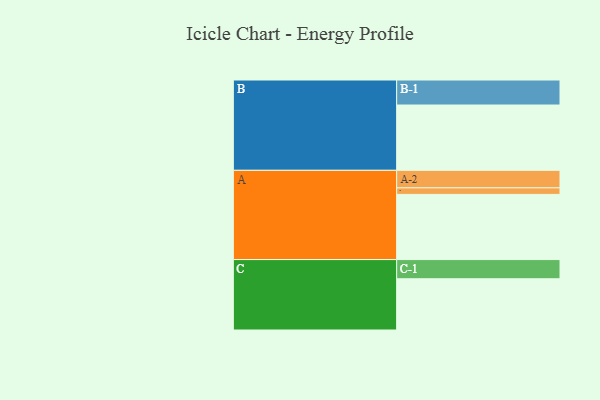
{"axis": {"x": "Segment", "y": "Value"}, "legend": ["", "A", "B", "C"], "data": [{"x": "A", "y": 547, "type": ""}, {"x": "B", "y": 548, "type": ""}, {"x": "C", "y": 430, "type": ""}, {"x": "A-1", "y": 55, "type": "A"}, {"x": "A-2", "y": 147, "type": "A"}, {"x": "B-1", "y": 210, "type": "B"}, {"x": "C-1", "y": 161, "type": "C"}]}